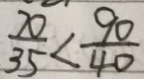
\frac { 7 0 } { 3 5 } < \frac { 9 0 } { 4 0 }